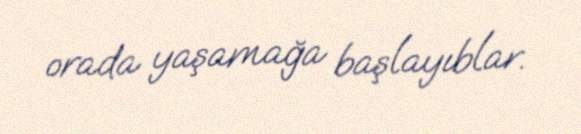
orada yaşamağa başlayıblar.